Civil Veterinary Dept. Bombay admin report 1900-1906 - 1900-1906
Year: 1900
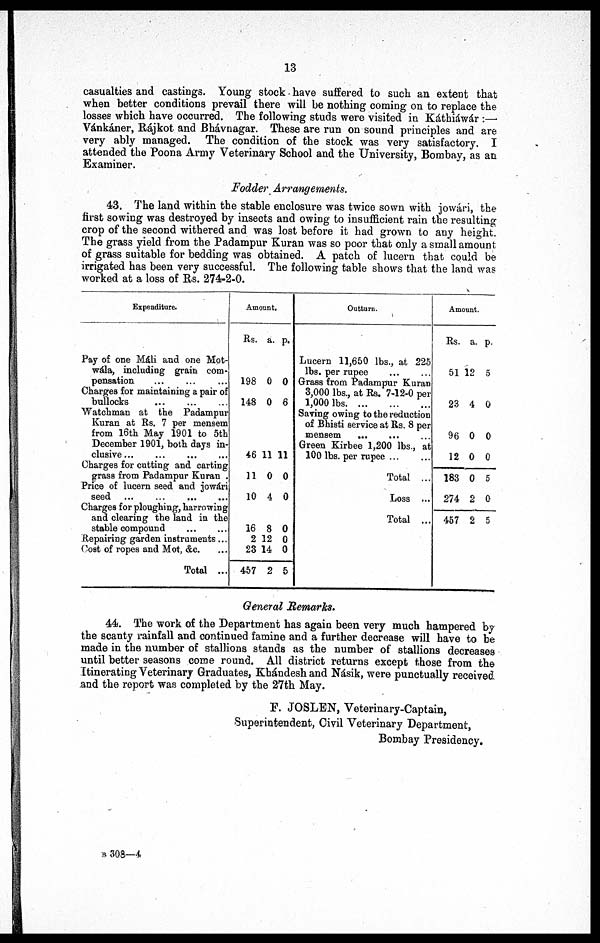
13
casualties and castings. Young stock have suffered to such an extent that
when better conditions prevail there will be nothing coming on to replace the
losses which have occurred. The following studs were visited in Káthiáwár :—
Vánkáner, Rájkot and Bhávnagar. These are run on sound principles and are
very ably managed. The condition of the stock was very satisfactory. I
attended the Poona Army Veterinary School and the University, Bombay, as an
Examiner.
Fodder Arrangements.
43. The land within the stable enclosure was twice sown with jowári, the
first sowing was destroyed by insects and owing to insufficient rain the resulting
crop of the second withered and was lost before it had grown to any height.
The grass yield from the Padampur Kuran was so poor that only a small amount
of grass suitable for bedding was obtained. A patch of lucern that could be
irrigated has been very successful. The following table shows that the land was
worked at a loss of Rs. 274-2-0.
Expenditure.
Pay of one Máli and one Mot¬
wála, including grain com-
pensation ... ... ...
Charges for maintaining a pair of
bullocks
...
...
...
Watchman at the Padampur
Kuran at Rs. 7 per mensem
from 16th May 1901 to 5th
December 1901, both days in-
clusive
...
....
...
...
Charges for cutting and carting
grass from Padampur Kuran.
Price of lucern seed and jowári
seed
...
...
...
...
Charges for ploughing, harrowing
and clearing the land in the
stable compound ... ...
Repairing garden instruments ...
Cost of ropes and Mot, &c. ...
Total ...
Amount.
Rs.
198
148
46
11
10
16
2
23
457
a.
0
0
11
0
4
8
12
14
2
p.
0
6
11
0
0
0
0
0
5
Outturn.
Lucern 11,650 lbs., at 225
lbs. per rupee ... ...
Grass from Padampur Kuran
3,000 lbs., at Rs. 7-12-0 per
1,000 lbs.
...
...
...
Saving owing to the reduction
of Bhisti service at Rs. 8 per
mensem ... ... ...
Green Kirbee 1,200 lbs., at
100 lbs. per rupee ... ...
Total ...
Loss ...
Total ...
Amount.
Rs.
51
23
96
12
183
274
457
a.
12
4
0
0
0
2
2
p.
5
0
0
0
5
0
5
General Remarks.
44. The work of the Department has again been very much hampered by
the scanty rainfall and continued famine and a further decrease will have to be
made in the number of stallions stands as the number of stallions decreases
until better seasons come round. All district returns except those from the
Itinerating Veterinary Graduates, Khándesh and Násik, were punctually received
and the report was completed by the 27th May.
F. JOSLEN, Veterinary-Captain,
Superintendent, Civil Veterinary Department,
Bombay Presidency.
B 308—4.